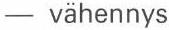
- vähennys